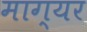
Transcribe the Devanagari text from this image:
माग्यर